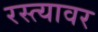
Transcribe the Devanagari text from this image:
रस्‍त्‍यावर